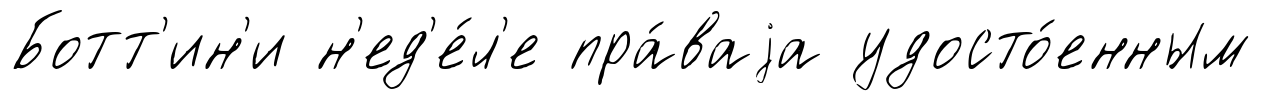
Ботт'ин'и н'ед'е́л'е пра́ваjа удосто́енным